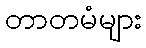
တာတမံများ